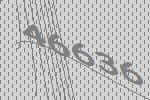
46636